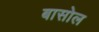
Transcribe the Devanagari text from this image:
बासोल